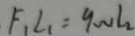
F _ { 1 } L _ { 1 } = 9 w l _ { 2 }